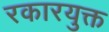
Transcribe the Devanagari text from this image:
रकारयुक्त